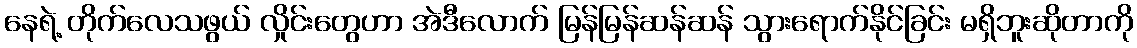
နေရဲ့ တိုက်လေသဖွယ် လှိုင်းတွေဟာ အဲဒီလောက် မြန်မြန်ဆန်ဆန် သွားရောက်နိုင်ခြင်း မရှိဘူးဆိုတာကို